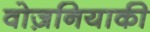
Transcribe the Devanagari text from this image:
वोज़नियाकी